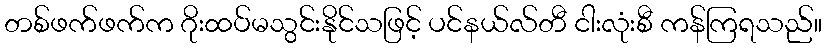
တစ်ဖက်ဖက်က ဂိုးထပ်မသွင်းနိုင်သဖြင့် ပင်နယ်လ်တီ ငါးလုံးစီ ကန်ကြရသည်။